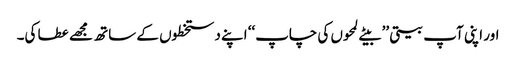
اور اپنی آپ بیتی ’’ بیتے لمحوں کی چاپ‘‘ اپنے دستخطوں کے ساتھ مجھے عطا کی۔